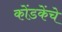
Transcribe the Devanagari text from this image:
कोंडकेंचे